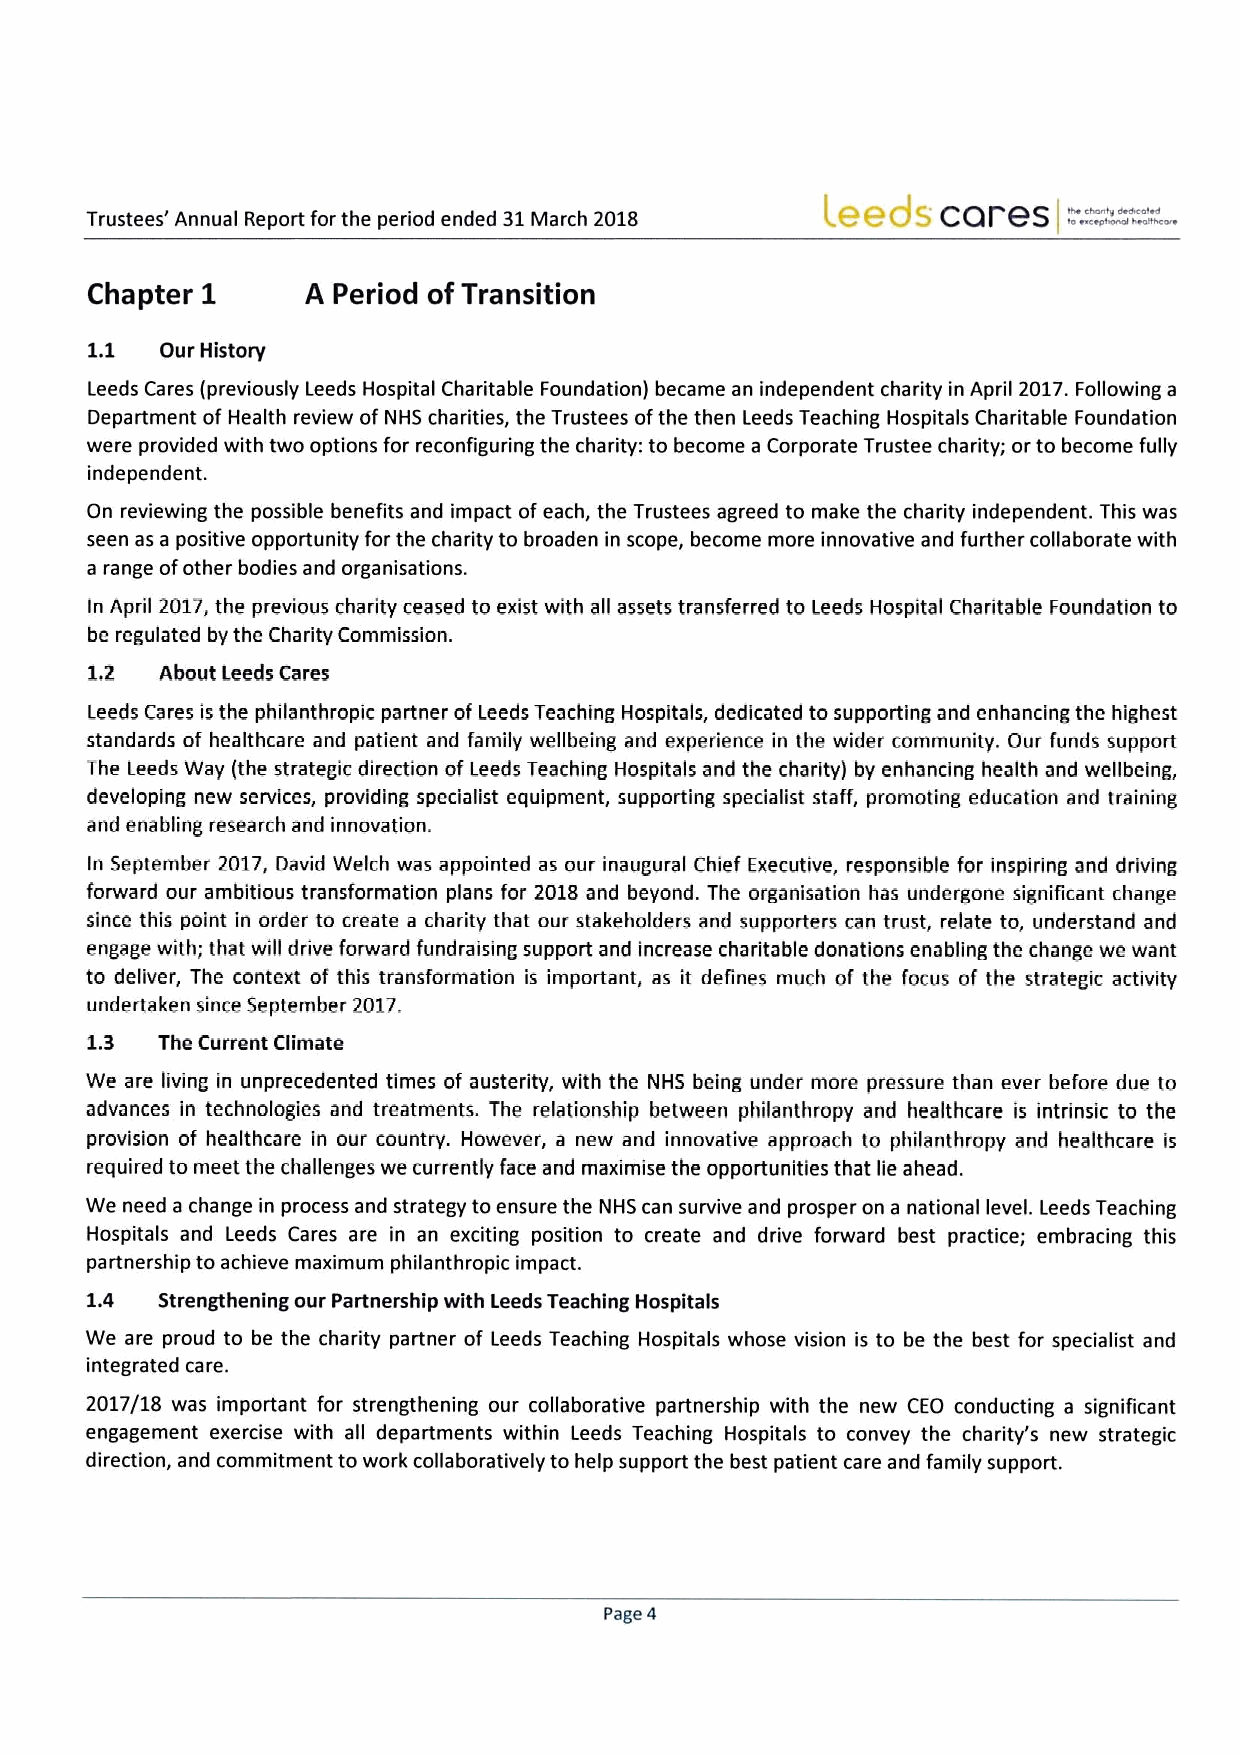
Trustees' Annual Report forthe period ended 31March 2018
 Chapter 1     A Period ofTransition
 1.1  Our History
 Leeds Cares (previously Leeds Hospital Charitable Foundation) became an independent charity in April 2017.Following a
 Department of Health review ofNHS charities, the Trustees ofthe then Leeds Teaching Hospitals Charitable Foundation
 were provided with two options for reconfiguding the charity: to become a Corporate Trustee charity; orto become fully
 independent.
 On reviewing the possible benefits and impact ofeach, the Trustees agreed to make the charity independent. This was
 seen as a positive opportunity for the charity to broaden in scope, become more innovative and further collaborate with
 a range ofother bodies and organisations.
 In April 2017,the previous charity ceased to exist with all assets transferred to Leeds Hospital Charitable Foundation to
 be regulated by the Charity Commission.
 1,2  About Leeds Cares
 Leeds Cares is the philanthropic partner ofLeeds Teaching Hospitals, dedicated to supporting and enhancing the highest
 standards of healthcare and patient and family wellbeing and experience in the wider community. Our funds support
 The Ieeds Way (the strategic direction ofLeeds Teaching Hospitals and the charity) by enhancing health and wellbeing,
 developing new services, providing specialist equipment, supporting specialist staff, promoting education and training
 and enabling research and innovation.
 In September 2017, David Welch was appointed as our inaugural Chief Executive, responsible for inspiring and driving
 forward our ambitious transformation plans for 2018 and beyond. The organisation has undergone significant change
 since this point in order to create a charity that our stakeholders and supporters can trust, relate to, understand and
 engage with; that will drive forward fundraising support and increase charitable donations enabling the change we want
 to deliver, The context of this transformation is important, as it defines much of the focus of the strategic activity
 undertaken since September 2017.
 1.3 The Current Climate
 We are living in unprecedented times of austerity, with the NHS being under more pressure than ever before due to
 advances in technologies and treatments. The relationship between philanthropy and healthcare is intrinsic to the
 provision of healthcare in our country. However, a new and innovative approach to philanthropy and healthcare is
 required to meet the challenges we currently face and maxirnise the opportunities that lie ahead.
 We need a change in process and strategy toensure the NHS can survive and prosper on a national level. Leeds Teaching
 Hospitals and Leeds Cares are in an exciting position to create and ddive forward best practice; embracing this
 partnership to achieve maximum philanthropic impact.
 1.4 Strengthening our Partnership with leeds Teaching Hospitals
 We are proud to be the charity partner of Leeds Teaching Hospitals whose vision is to be the best for specialist and
 integrated care.
 2017/18 was important for strengthening our collaborative partnership with the new CEO conducting a signiTicant
 engagement exercise with all departments within Leeds Teaching Hospitals to convey the charity's new strategic
 direction, and commitment to work collaboratively to help support the best patient care and family support.
 Page 4